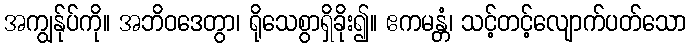
အကျွန်ုပ်ကို။ အဘိဝဒေတွာ၊ ရိုသေစွာရှိခိုး၍။ ဧကမန္တံ၊ သင့်တင့်လျောက်ပတ်သော